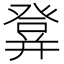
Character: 𤼷